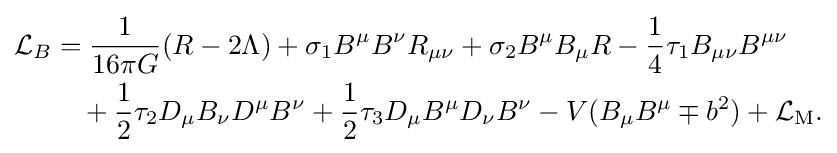
{\begin{aligned}{\mathcal {L}}_{B}&={\frac {1}{16\pi G}}(R-2\Lambda )+\sigma _{1}B^{\mu }B^{\nu }R_{\mu \nu }+\sigma _{2}B^{\mu }B_{\mu }R-{\frac {1}{4}}\tau _{1}B_{\mu \nu }B^{\mu \nu }\\&\quad +{\frac {1}{2}}\tau _{2}D_{\mu }B_{\nu }D^{\mu }B^{\nu }+{\frac {1}{2}}\tau _{3}D_{\mu }B^{\mu }D_{\nu }B^{\nu }-V(B_{\mu }B^{\mu }\mp b^{2})+{\mathcal {L}}_{\rm {M}}.\end{aligned}}